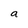
Character: a